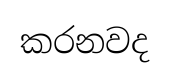
කරනවද